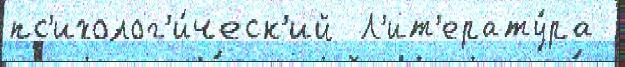
пс'ихолог'и́ческ'ий  Л'ит'ерату́ра